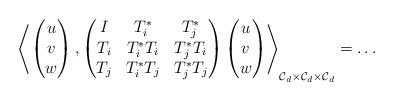
LaTeX: \begin{align*}\left<\begin{pmatrix}u \\v \\w\end{pmatrix},\begin{pmatrix}I & T_i^* & T_j^* \\T_i & T_i^* T_i & T_j^* T_i \\T_j & T_i^* T_j & T_j^* T_j\end{pmatrix} \begin{pmatrix}u \\v \\w\end{pmatrix}\right>_{ \mathcal{C}_d \times \mathcal{C}_d \times \mathcal{C}_d}= \hdots\end{align*}